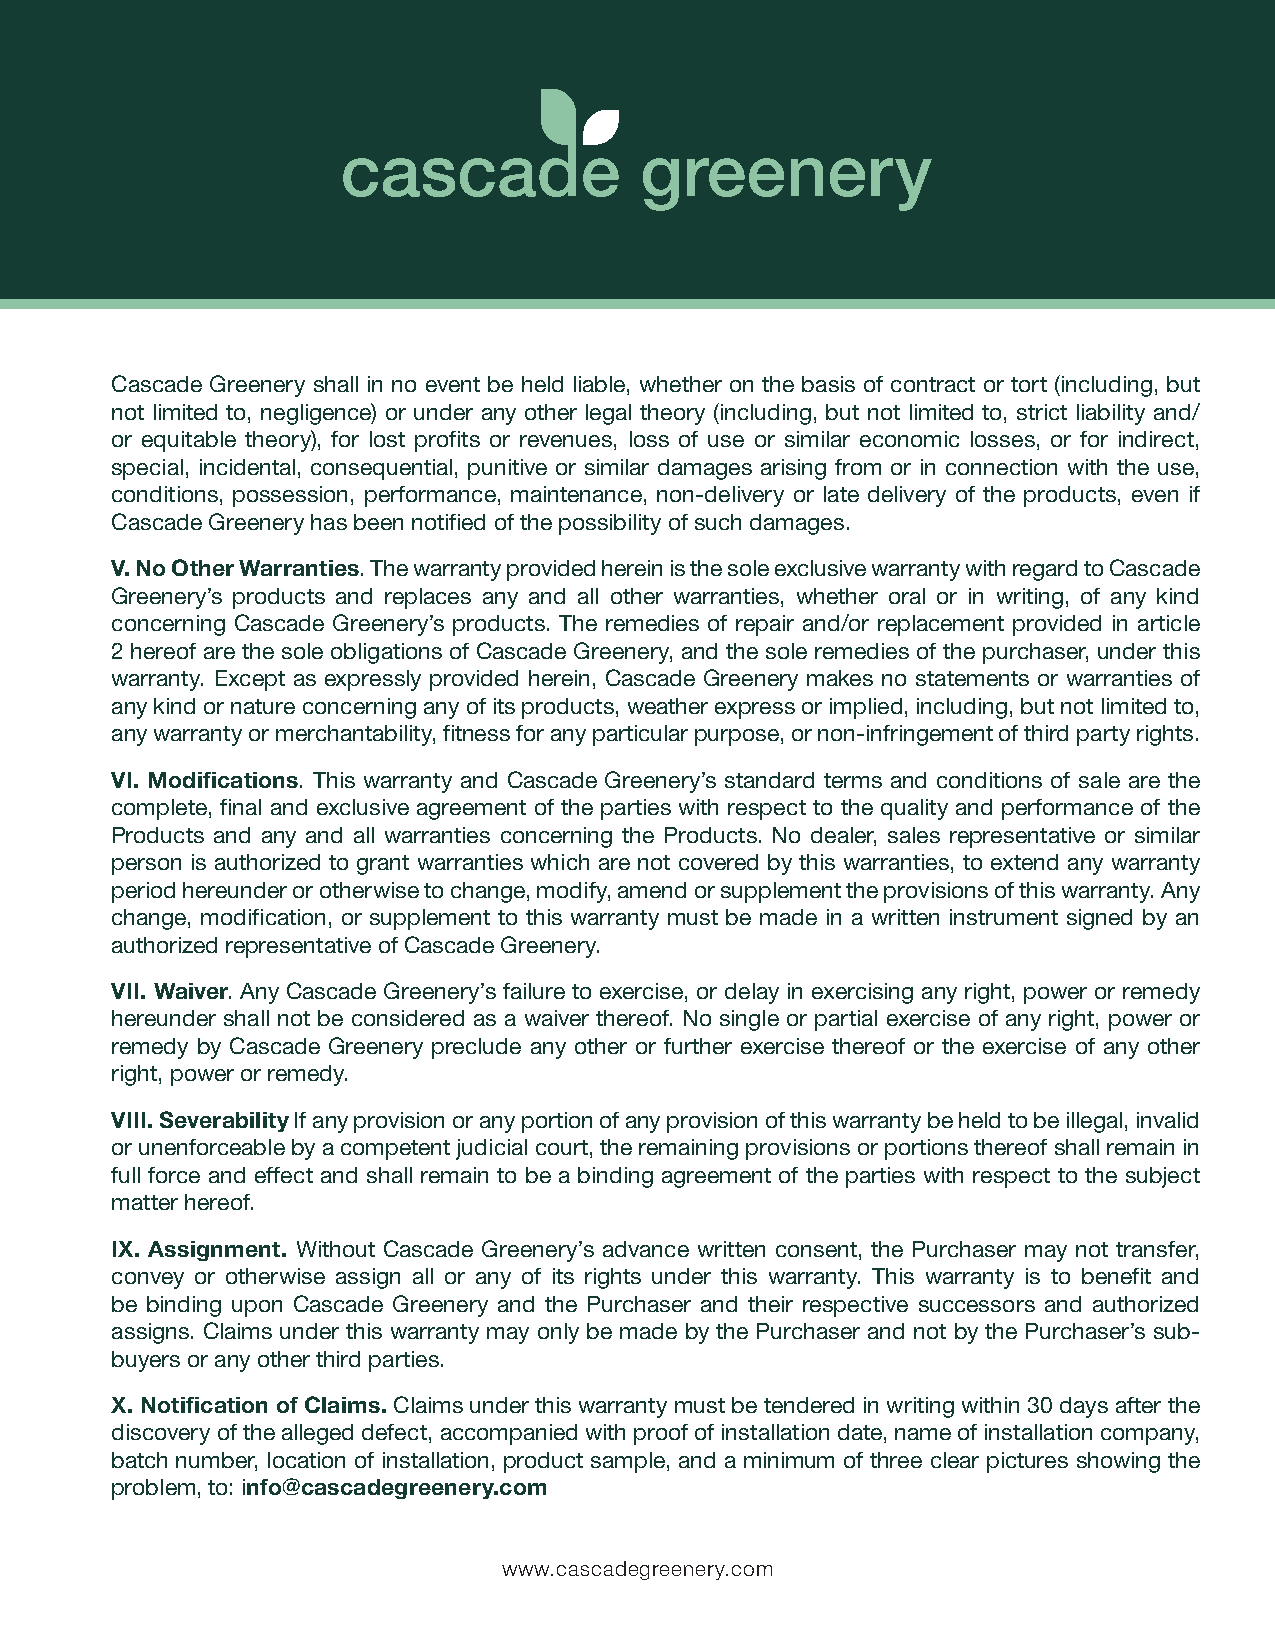
Cascade Greenery shall in no event be held liable, whether on the basis of contract or tort (including, but
 not limited to, negligence) or under any other legal theory (including, but not limited to, strict liability and/
 or equitable theory), for lost profits or revenues, loss of use or similar economic losses, or for indirect,
 special, incidental, consequential, punitive or similar damages arising from or in connection with the use,
 conditions, possession, performance, maintenance, non-delivery or late delivery of the products, even if
 Cascade Greenery has been notified of the possibility of such damages.
 V. No Other Warranties. The warranty provided herein is the sole exclusive warranty with regard to Cascade
 Greenery’s products and replaces any and all other warranties, whether oral or in writing, of any kind
 concerning Cascade Greenery’s products. The remedies of repair and/or replacement provided in article
 2 hereof are the sole obligations of Cascade Greenery, and the sole remedies of the purchaser, under this
 warranty. Except as expressly provided herein, Cascade Greenery makes no statements or warranties of
 any kind or nature concerning any of its products, weather express or implied, including, but not limited to,
 any warranty or merchantability, fitness for any particular purpose, or non-infringement of third party rights.
 VI. Modifications. This warranty and Cascade Greenery’s standard terms and conditions of sale are the
 complete, final and exclusive agreement of the parties with respect to the quality and performance of the
 Products and any and all warranties concerning the Products. No dealer, sales representative or similar
 person is authorized to grant warranties which are not covered by this warranties, to extend any warranty
 period hereunder or otherwise to change, modify, amend or supplement the provisions of this warranty. Any
 change, modification, or supplement to this warranty must be made in a written instrument signed by an
 authorized representative of Cascade Greenery.
 VII. Waiver. Any Cascade Greenery’s failure to exercise, or delay in exercising any right, power or remedy
 hereunder shall not be considered as a waiver thereof. No single or partial exercise of any right, power or
 remedy by Cascade Greenery preclude any other or further exercise thereof or the exercise of any other
 right, power or remedy.
 VIII. Severability If any provision or any portion of any provision of this warranty be held to be illegal, invalid
 or unenforceable by a competent judicial court, the remaining provisions or portions thereof shall remain in
 full force and effect and shall remain to be a binding agreement of the parties with respect to the subject
 matter hereof.
 IX. Assignment. Without Cascade Greenery’s advance written consent, the Purchaser may not transfer,
 convey or otherwise assign all or any of its rights under this warranty. This warranty is to benefit and
 be binding upon Cascade Greenery and the Purchaser and their respective successors and authorized
 assigns. Claims under this warranty may only be made by the Purchaser and not by the Purchaser’s sub-
 buyers or any other third parties.
 X. Notification of Claims. Claims under this warranty must be tendered in writing within 30 days after the
 discovery of the alleged defect, accompanied with proof of installation date, name of installation company,
 batch number, location of installation, product sample, and a minimum of three clear pictures showing the
 problem, to: info@cascadegreenery.com
 www.cascadegreenery.com